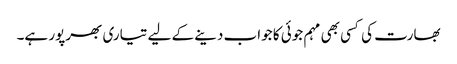
بھارت کی کسی بھی مہم جوئی کا جواب دینے کے لیے تیاری بھرپور ہے۔